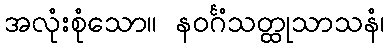
အလုံးစုံသော။ နဝင်္ဂံသတ္ထုသာသနံ၊